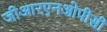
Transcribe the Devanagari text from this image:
जीआरएनओपीसी